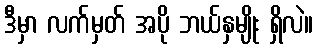
ဒီမှာ လက်မှတ် အပို ဘယ်နှမျိုး ရှိလဲ။